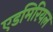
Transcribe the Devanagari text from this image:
एडमिरियल